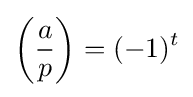
\left({\frac {a}{p}}\right)=(-1)^{t}